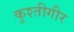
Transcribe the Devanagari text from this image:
कुश्तीगीर